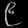
Digit: ၉